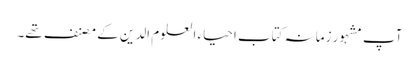
آپ مشہور زمانہ کتاب احیاء العلوم الدین کے مصنف تھے۔